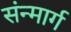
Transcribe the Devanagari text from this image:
संन्मार्ग